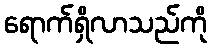
ရောက်ရှိလာသည်ကို